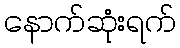
နောက်ဆုံးရက်